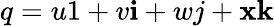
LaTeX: q=u1+v\mathbf{i}+wj+\mathbf{x}\mathbf{k}